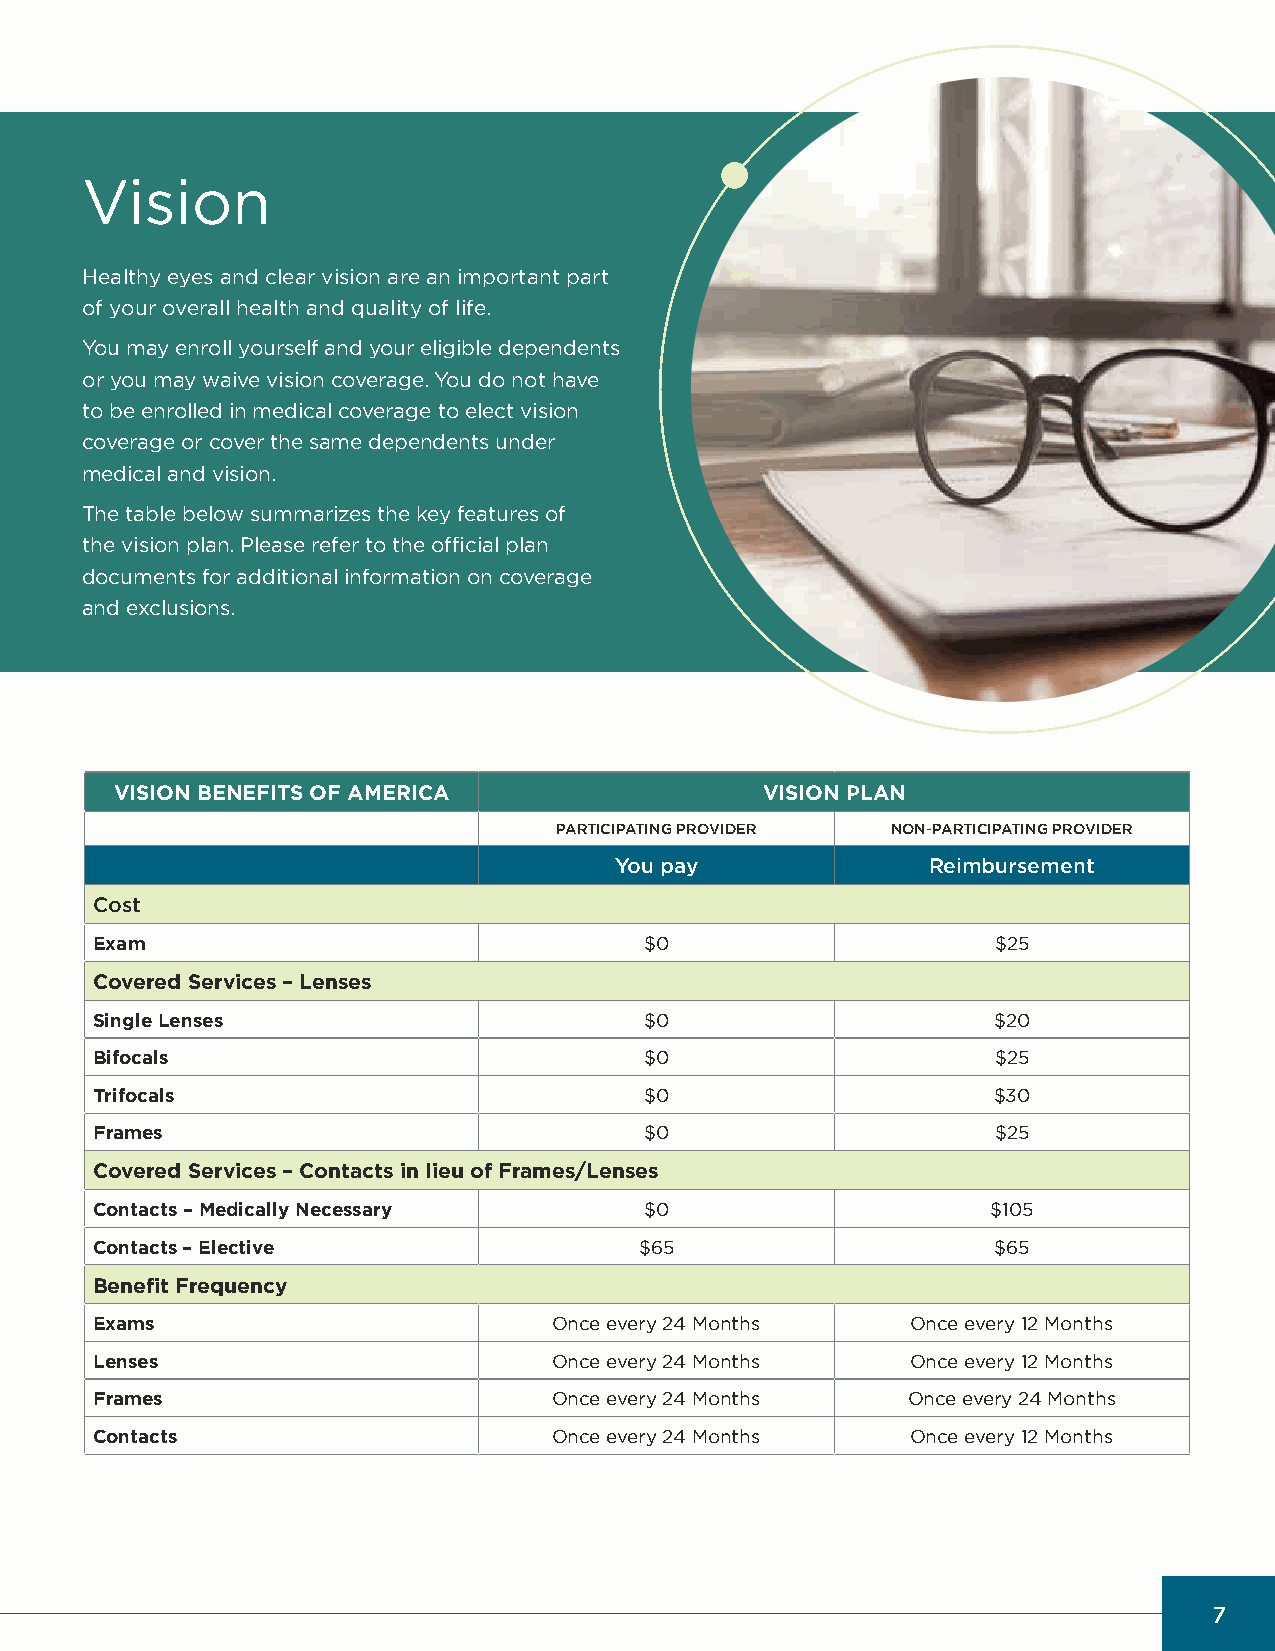
Vision
 Healthy eyes and clear vision are an important part
 of your overall health and quality of life .
 You may enroll yourself and your eligible dependents
 or you may waive vision coverage . You do not have
 to be enrolled in medical coverage to elect vision
 coverage or cover the same dependents under
 medical and vision .
 The table below summarizes the key features of
 the vision plan . Please refer to the official plan
 documents for additional information on coverage
 and exclusions .
 VISION BENEFITS OF AMERICA                VISION PLAN
 PARTICIPATING PROVIDER NON-PARTICIPATING PROVIDER
 You pay              Reimbursement
 Cost
 Exam                                 $0                     $25
 Covered Services – Lenses
 Single Lenses                        $0                     $20
 Bifocals                             $0                     $25
 Trifocals                            $0                     $30
 Frames                               $0                     $25
 Covered Services – Contacts in lieu of Frames/Lenses
 Contacts – Medically Necessary       $0                     $105
 Contacts – Elective                 $65                     $65
 Benefit Frequency
 Exams                          Once every 24 Months   Once every 12 Months
 Lenses                         Once every 24 Months   Once every 12 Months
 Frames                         Once every 24 Months   Once every 24 Months
 Contacts                       Once every 24 Months   Once every 12 Months
 7